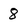
Character: 8